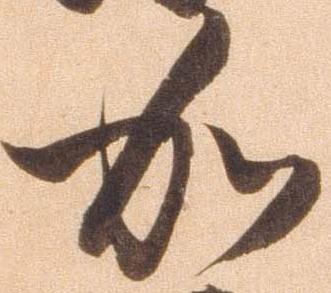
加